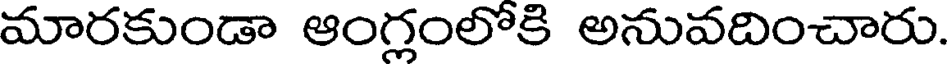
మారకుండా ఆంగ్లంలోకి అనువదించారు.